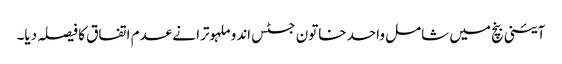
آئینی بنچ میں شامل واحد خاتون جسٹس اندو ملہوترا نے عدم اتفاق کا فیصلہ دیا۔